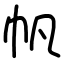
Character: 帆